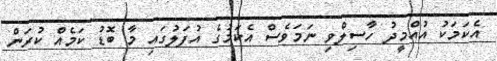
އެކަމަކު އުއްމީދު ހާސިލްވި ނަމަވެސް އެކަމުގެ އުފަލުގައި މާ ބޮޑު ކަމެއް ކުރަން